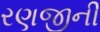
રણજીની